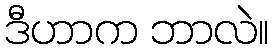
ဒီဟာက ဘာလဲ။